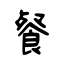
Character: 餐